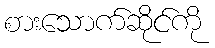
စားသောက်ဆိုင်ကို